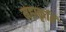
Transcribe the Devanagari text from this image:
महाकृति